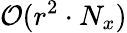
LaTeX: \mathcal{O}(r^{2}\cdot N_{x})